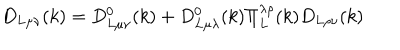
D _ { L \mu \nu } ( k ) = D _ { L \mu \nu } ^ { 0 } ( k ) + D _ { L \mu \lambda } ^ { 0 } ( k ) \Pi _ { L } ^ { \lambda \rho } ( k ) D _ { L \rho \nu } ( k )